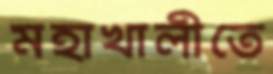
মহাখালীতে